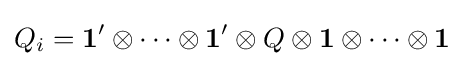
Q_{i}={\mathbf {1} }'\otimes \dots \otimes {\mathbf {1} }'\otimes Q\otimes {\mathbf {1} }\otimes \dots \otimes {\mathbf {1} }